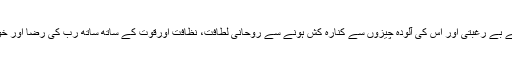
دنیا میں رہتے ہوئے اس سے بے رغبتی اور اس کی آلودہ چیزوں سے کنارہ کش ہونے سے روحانی لطافت، نظافت اورقوت کے ساتھ ساتھ رب کی رضا اور خوشنودی حاصل کرسکتا ہے۔